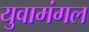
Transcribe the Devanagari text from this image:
युवामंगल